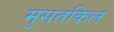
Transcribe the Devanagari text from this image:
मुसतकिल